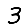
Digit: 3